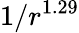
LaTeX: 1/r^{1.29}